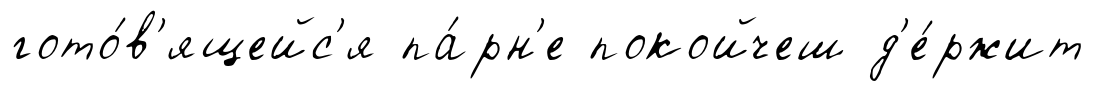
гото́в'ящейс'я па́рн'е покойчеш д'е́ржит